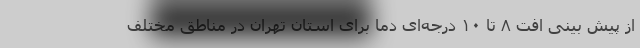
از پیش بینیِ افتِ ۸ تا ۱۰ درجه‌ای دما برای استان تهران در مناطق مختلف